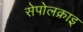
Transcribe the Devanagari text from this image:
सेपोलक्राइ